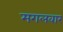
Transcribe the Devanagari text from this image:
मगलवार